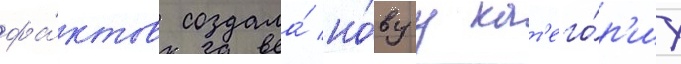
фа́ктов создала́ но́вуу кат'его́р'иу